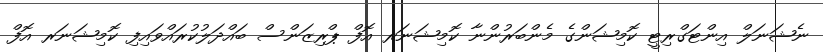
ނެޝަނަލް އިންޓަގްރިޓީ ކޮމިޝަންގެ މެންބަރުންނާ ކޮމިޝަނަރ އޮފް ޕްރިޒަންސް ބައްދަލުކުރައްވައިފި ކޮމިޝަނަރ އޮފް